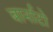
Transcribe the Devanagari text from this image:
बार्नाटो